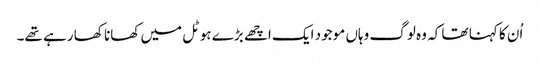
اُن کا کہنا تھا کہ وہ لوگ وہاں موجود ایک اچھے بڑے ہوٹل میں کھانا کھا رہے تھے۔